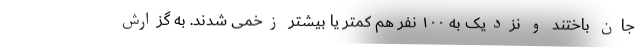
جان باختند و نزدیک به ۱۰۰ نفر هم کمتر یا بیشتر زخمی شدند. به گزارش